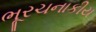
ભૂરચનાકીય